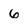
Character: 6